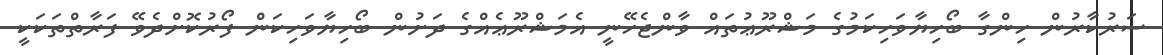
ސަރުކާރުން ހިންގާ ބޯހިޔާވަހިކަމުގެ މަޝްރޫޢުތައް ވާންޖެހޭނީ އެމަޝްރޫޢެއްގެ ދަށުން ބޯހިޔާވަހިކަން ފޯރުކޮށްދެވޭ ފަރާތްތަކަކީ